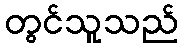
တွင်သူသည်